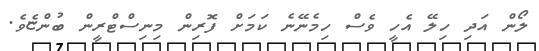
ލޯން އަދި ހިލޭ އެހީ ވެސް ހިމެނޭނެ ކަމަށް ފޮރިން މިނިސްޓްރީން ބުންޏެވެ.